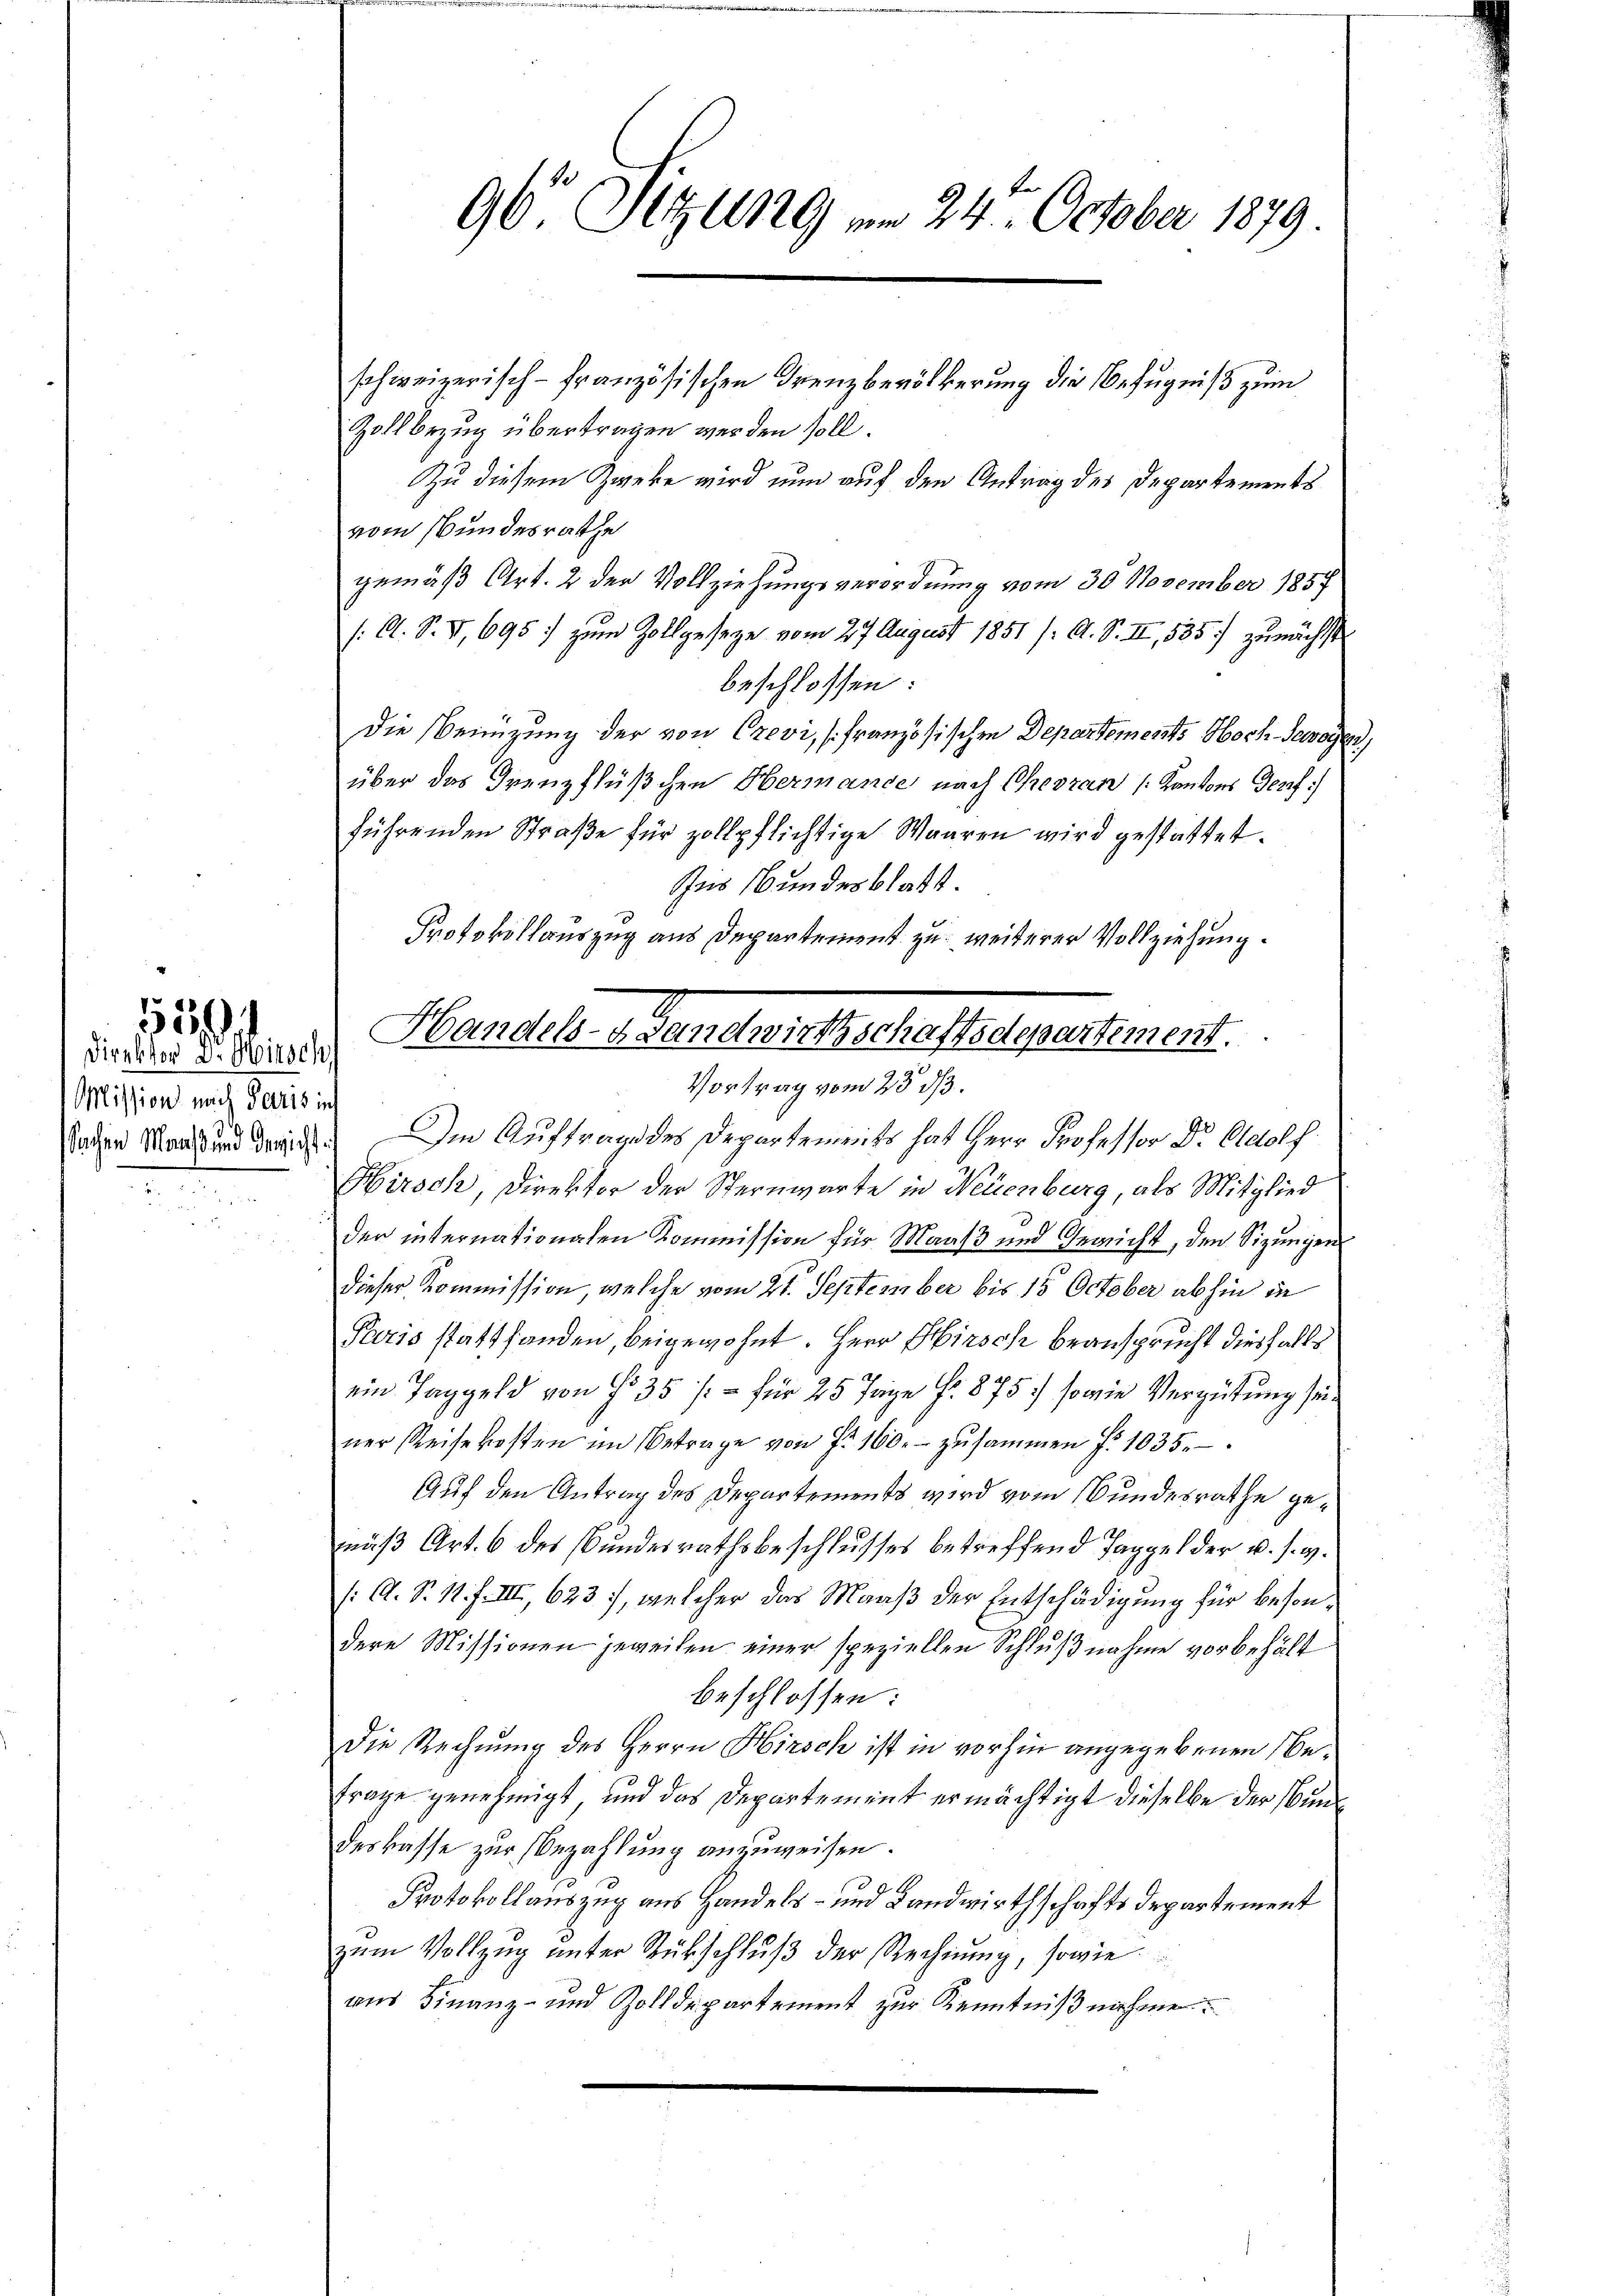
Mission nach Paris ich

Direktor D. Hirsch

96. Sitzung am 24. October 1879

schweizerisch-Französischen Grenzbevölkerung die Befugniß zum
Zollbezug übertragen werden soll.
Zu diesem Zweke wird nun auf den Antrag des Departements
vom Bundesrathe
gemäß Art. 2 der Vollziehungsverordnung vom 30. November 1857
/: A. S. VI, 695. zum Zollgesetze vom 27. August 1851 /: A. S. II, 535. zunächst
beschlossen:
Die Benüzung der von Crevi, französischen Departements Hoch-Sewogen
über das Grenzflüßchen Obermande nach Chreoran (Kantons Genf
führenden Straβe für zollpflichtige Waaren wird gestattet.
Zur Bundesblatt.
Protokollauszug aus Departement zu weiterer Vollziehung.
Handels- & Gemndwirtschaffectepertement.

Vortrag vom 25. ds.

Sader Stand und dreich. Im Auftrage des Departements hat Herr Professor Dr. Adolf
Hirsch, Direktor der Sternwarte in Neuenburg, als Mitglied
der internationalen Kommission für Maaß und Gericht, den Sizungen
dieser Kommission, welche vom 21. September bis 15 October abhin in
Paris stattfanden, beigewohnt. Herr Hirsch beansprucht diesfalls
ein Taggeld von No 35 /:- für 25 Tage f. 875) sowie Vergütung sei
ner Reisekosten im Betrage von f. 160.- zŭsammen f. 1035.
Auf den Antrag des Departements wird vom Bundesrathe gemäß Art. 6 des Bundesrathsbeschlusses betreffend Tappel der u. s. g.
/A. S. 11. f. III, 623, welcher das Maaß der Entschädigung für besondere Missionen jeweilen einer speziellen Schlußnahme vorbehält
beschlossen:
Die Rechnung des Herrn Hirsch ist in vorhin angegebenen Be¬
Frage genehmigt, und das Departement ermächtigt dieselbe der Bundeskasse zur Bezahlung anzuweisen.
Protokollauszug aus Handels- und Landwirthschafts departement
zŭm Vollzŭg ŭnter Rückschlŭβ der Rechnŭng, sowie
ans Finanz- und Zolldepartement zur Kenntnißnahme